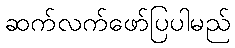
ဆက်လက်ဖော်ပြပါမည်